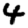
Digit: 4